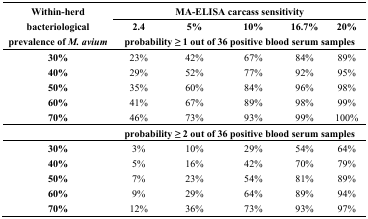
| <ROWSPAN=3> Within-herd bacteriological prevalence of M. avium | <COLSPAN=5> MA-ELISA carcass sensitivity |
 | 2.4 | 5% | 10% | 16.7% | 20% |
 | <COLSPAN=5> probability ≥ 1 out of 36 positive blood serum samples |
 | --- | --- | --- | --- | --- | --- |
 | 30% | 23% | 42% | 67% | 84% | 89% |
 | 40% | 29% | 52% | 77% | 92% | 95% |
 | 50% | 35% | 60% | 84% | 96% | 98% |
 | 60% | 41% | 67% | 89% | 98% | 99% |
 | 70% | 46% | 73% | 93% | 99% | 100% |
 |  | <COLSPAN=5> probability ≥ 2 out of 36 positive blood serum samples |
 | 30% | 3% | 10% | 29% | 54% | 64% |
 | 40% | 5% | 16% | 42% | 70% | 79% |
 | 50% | 7% | 23% | 54% | 81% | 89% |
 | 60% | 9% | 29% | 64% | 89% | 94% |
 | 70% | 12% | 36% | 73% | 93% | 97% |